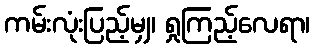
ကမ်းလုံးပြည့်မျှ၊ ရှုကြည့်လေရာ၊